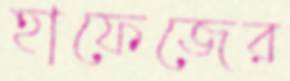
হাফেজের